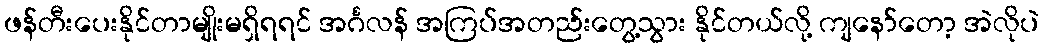
ဖန်တီးပေးနိုင်တာမျိုးမရှိရရင် အင်္ဂလန် အကြပ်အတည်းတွေ့သွား နိုင်တယ်လို့ ကျနော်တော့ အဲလိုပဲ